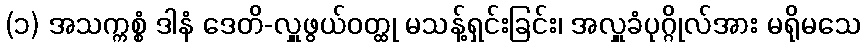
(၁) အသက္ကစ္စံ ဒါနံ ဒေတိ-လှူဖွယ်ဝတ္ထု မသန့်ရှင်းခြင်း၊ အလှူခံပုဂ္ဂိုလ်အား မရိုမသေ